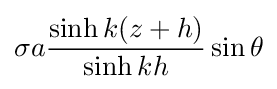
\sigma a{\frac {\sinh k(z+h)}{\sinh kh}}\sin \theta